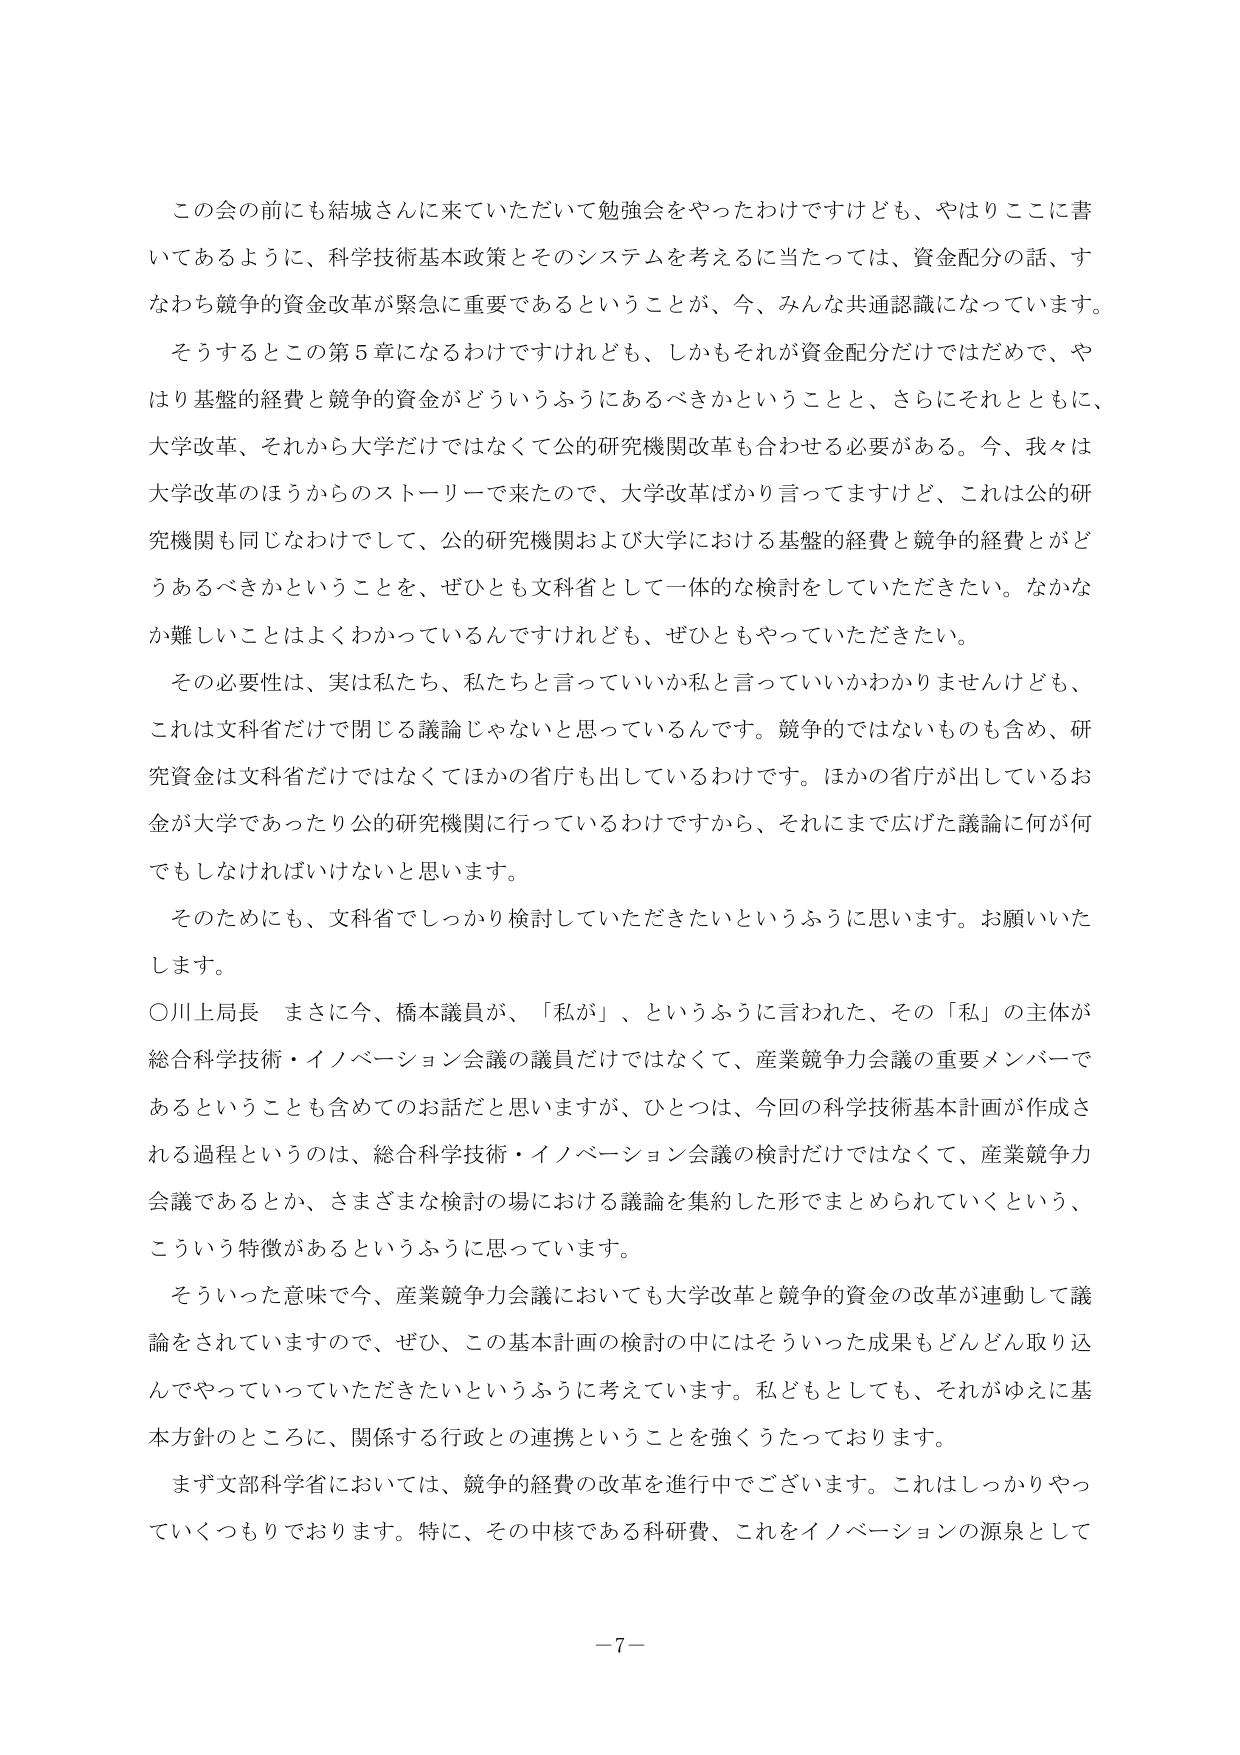
この会の前にも結城さんに来ていただいて勉強会をやったわけですけども、やはりここに書いてあるように、科学技術基本政策とそのシステムを考えるに当たっては、資金配分の話、すなわち競争的資金改革が緊急に重要であるということが、今、みんな共通認識になっています。

そうするとこの第５章になるわけですけれども、しかもそれが資金配分だけではだめで、やはり基盤的経費と競争的資金がどういうふうにあるべきかということと、さらにそれとともに、大学改革、それから大学だけではなくて公的研究機関改革も合わせる必要がある。今、我々は大学改革のほうからのストーリーで来たので、大学改革ばかり言ってますけど、これは公的研究機関も同じなわけですし、公的研究機関および大学における基盤的経費と競争的経費とがどうあるべきかということを、ぜひとも文科省として一体的な検討をしていただきたい。なかなか難しいことはよくわかっているんですけれども、ぜひともやっていただきたい。

その必要性は、実は私たち、私たちと言っていいか私と言っていいかわかりませんけども、これは文科省だけで閉じる議論じゃないと思っているんです。競争的ではないものも含め、研究資金は文科省だけではなくてほかの省庁も出しているわけです。ほかの省庁が出しているお金が大学であったり公的研究機関に行っているわけですから、それにもまで広げた議論に何が何でもしなければいけないと思います。

そのためにも、文科省でしっかり検討していただきたいというふうに思います。お願いいたします。

○川上局長　まさに今、橋本議員が、「私が」、というふうに言われた、その「私」の主体が総合科学技術・イノベーション会議の議員だけではなくて、産業競争力会議の重要メンバーであるということも含めてのお話だと思いますが、ひとつは、今回の科学技術基本計画が作成される過程というのは、総合科学技術・イノベーション会議の検討だけではなくて、産業競争力会議であるとか、さまざまな検討の場における議論を集約した形でまとめられていくという、こういう特徴があるというふうに思っています。

そういった意味で今、産業競争力会議においても大学改革と競争的資金の改革が連動して議論をされていますので、ぜひ、この基本計画の検討の中にはそういった成果もどんどん取り込んでやっていっていただきたいというふうに考えています。私どもとしても、それがゆえに基本方針のところに、関係する行政との連携ということを強くうたっております。

まず文部科学省においては、競争的経費の改革を進行中でございます。これはしっかりやっていくつもりでおります。特に、その中核である科研費、これをイノベーションの源泉として

－7－